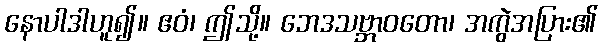
နောပါဒါဟူ၍။ ဧဝံ၊ ဤသို့။ ဘေဒသဗ္ဘာဝတော၊ အကွဲအပြား၏